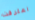
اعترفت